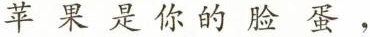
苹果是你的脸蛋，